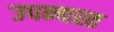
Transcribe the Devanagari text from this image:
उपन्यस्त